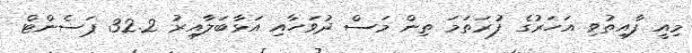
މިއީ ފާއިތުވި އަހަރުގެ ފުރަތަމަ ތިން މަސް ދުވަހާއި އަޅާބަލާއިރު 32.2 ޕަސެންޓް